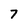
Character: 7